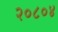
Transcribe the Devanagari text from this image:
२०८०४